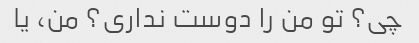
چی؟ تو من را دوست نداری؟ من، یا